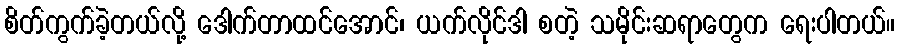
စိတ်ကွက်ခဲ့တယ်လို့ ဒေါက်တာထင်အောင်၊ ယက်လိုင်ဒါ စတဲ့ သမိုင်းဆရာတွေက ရေးပါတယ်။